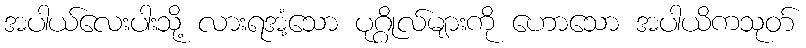
အပါယ်လေးပါးသို့ လားရအံ့သော ပုဂ္ဂိုလ်များကို ဟောသော အပါယိကသုတ်